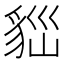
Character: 𧳀